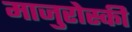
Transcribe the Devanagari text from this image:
माजुरोस्की